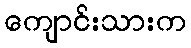
ကျောင်းသားက